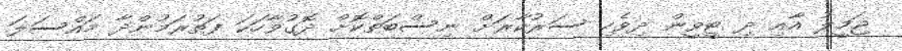
ޖަމީލު އާއި ދި ޓީވީން ދިވެހި ސަރުކާރަށް ނިސްބަތްކޮށް ދޮގުވާހަކަ ފަތުރަމުންދާ މައްސަލަ